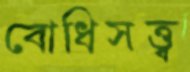
বোধিসত্ত্ব